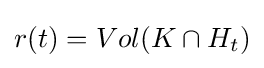
{\textstyle r(t)=Vol(K\cap H_{t})}